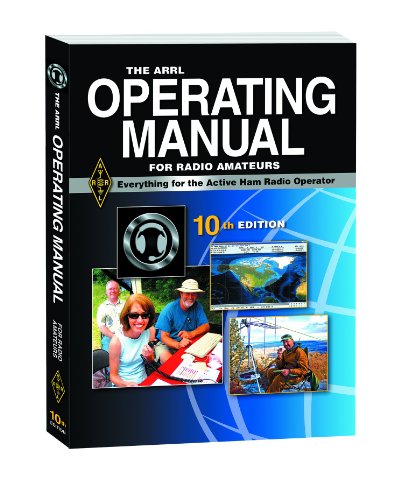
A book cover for ARRL Operating Manual; ARRL Inc.; Humor & Entertainment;